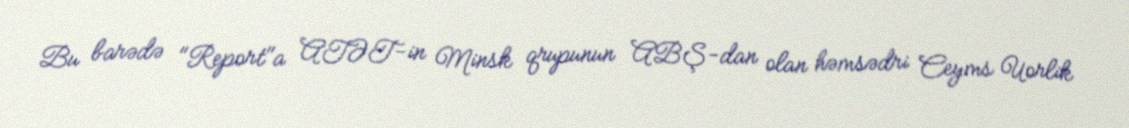
Bu barədə "Report"a ATƏT-in Minsk qrupunun ABŞ-dan olan həmsədri Ceyms Uorlik